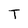
Character: T